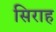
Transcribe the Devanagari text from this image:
सिराह